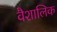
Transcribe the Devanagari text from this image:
वैशालिक